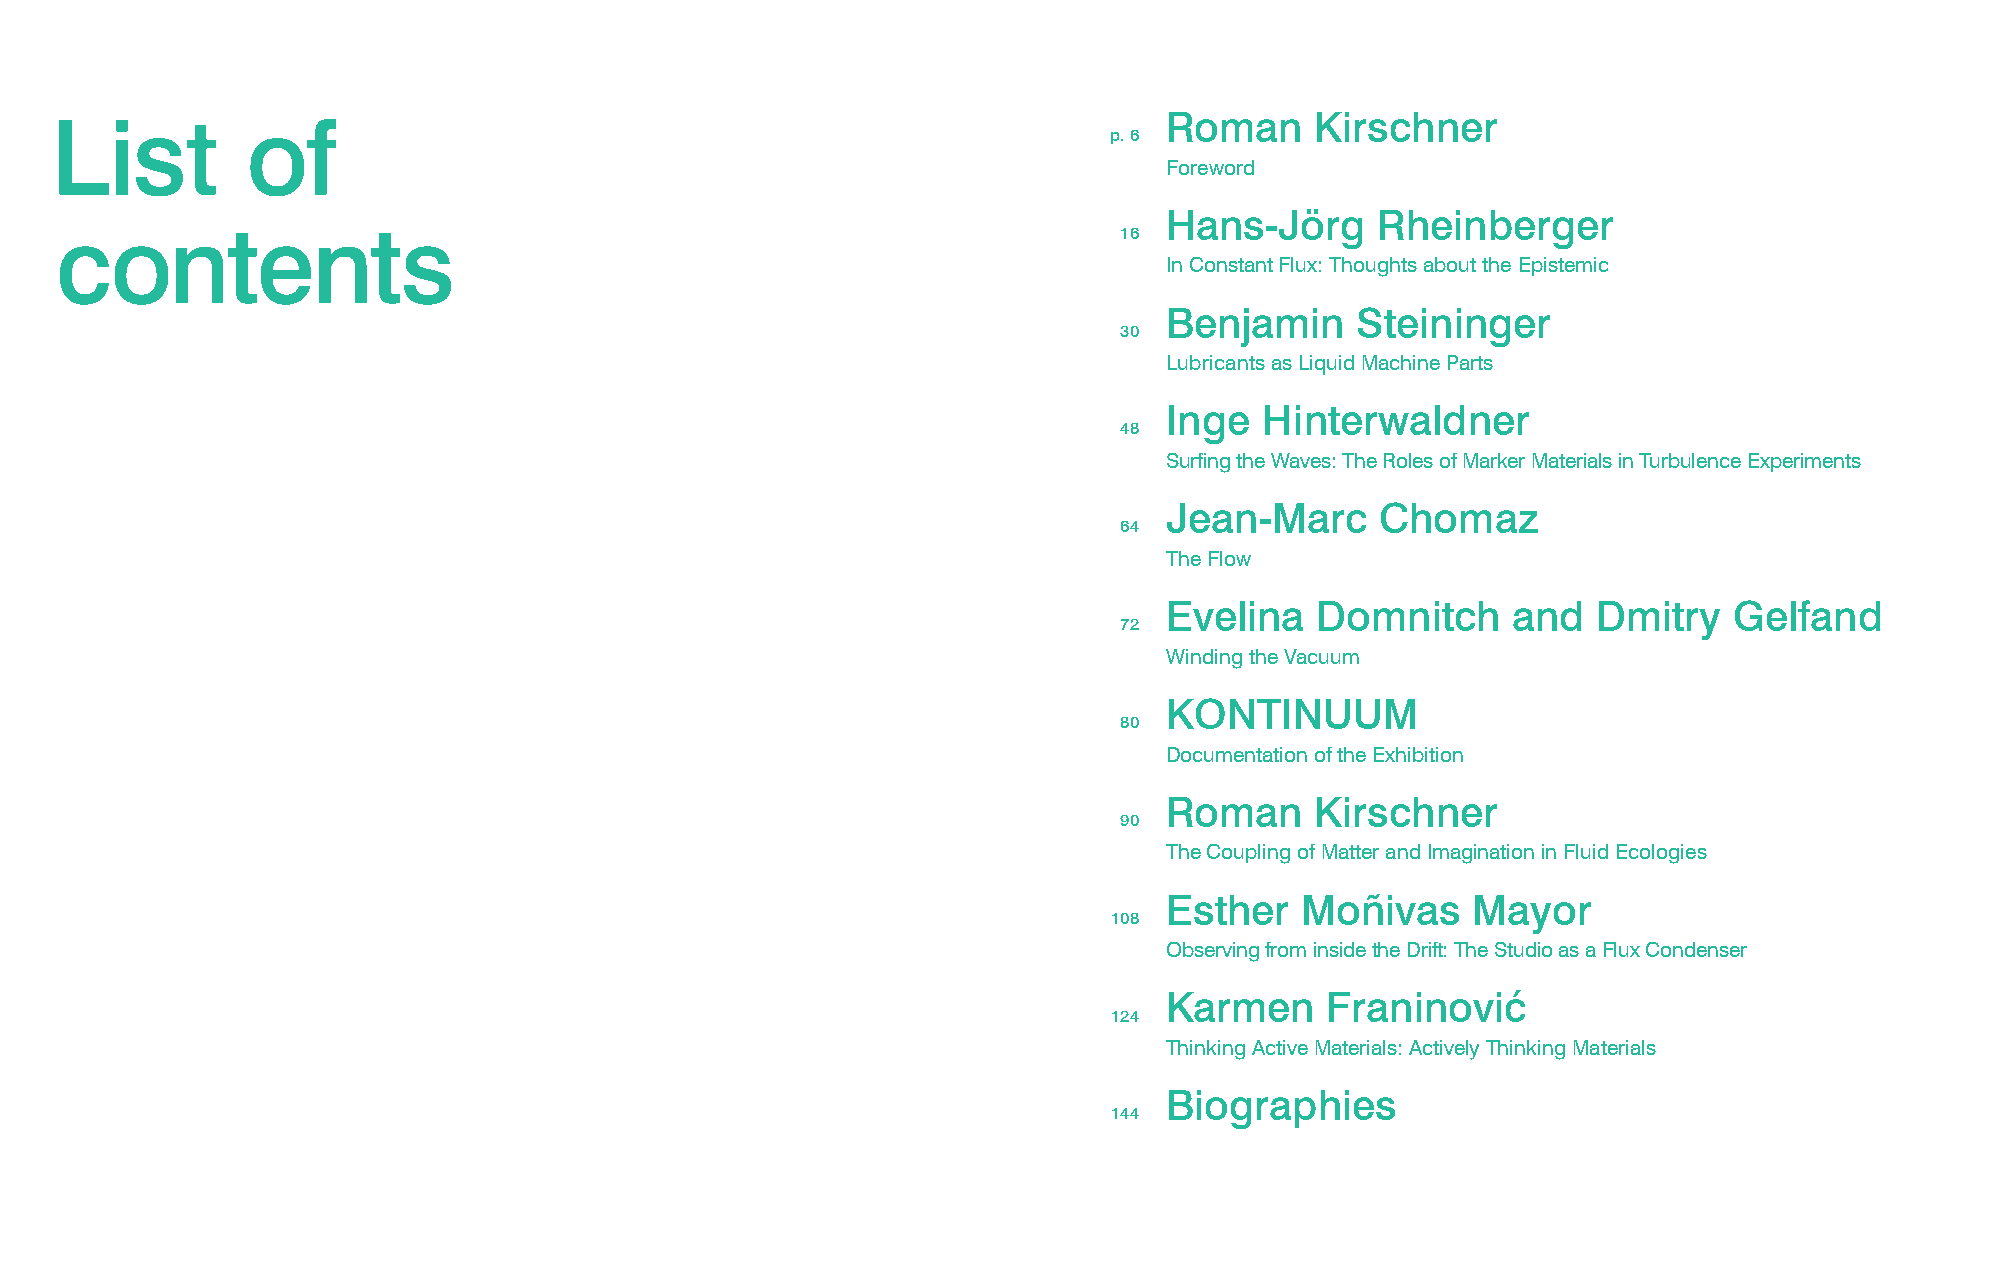
L   ist      of                                                           Roman     Kirschner
 p. 6
 Foreword
 Hans-Jörg     Rheinberger
 c  ontents                                                            16
 In Constant Flux: Thoughts about the Epistemic
 Benjamin     Steininger
 30
 Lubricants as Liquid Machine Parts
 Inge   Hinterwaldner
 48
 Surfing the Waves: The Roles of Marker Materials in Turbulence Experiments
 Jean-Marc     Chomaz
 64
 The Flow
 Evelina   Domnitch     and   Dmitry   Gelfand
 72
 Winding the Vacuum
 KONTINUUM
 80
 Documentation of the Exhibition
 Roman     Kirschner
 90
 The Coupling of Matter and Imagination in Fluid Ecologies
 Esther   Moñivas    Mayor
 108
 Observing from inside the Drift: The Studio as a Flux Condenser
 Karmen     Franinović
 124
 Thinking Active Materials: Actively Thinking Materials
 Biographies
 144